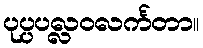
ပုပ္ပပလ္လဝလင်္ကတာ။